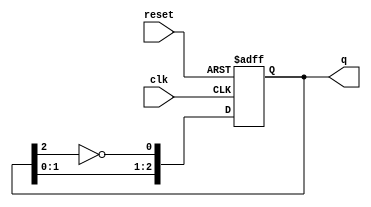
module johnson_counter #(
    parameter N = 3 // Number of bits in the Johnson counter
)(
    input wire clk,          // Clock signal
    input wire reset,        // Asynchronous reset signal
    output reg [N-1:0] q     // Output state of the counter
);

// Internal signal for the feedback
wire feedback;

// Feedback is the inverted output of the last flip-flop
assign feedback = ~q[N-1];

// State transition on the rising edge of the clock
always @(posedge clk or posedge reset) begin
    if (reset) begin
        // Reset the counter to 0
        q <= 0;
    end else begin
        // Shift the state and feed back the inverted last bit
        q <= {q[N-2:0], feedback};
    end
end

endmodule